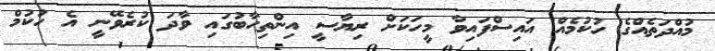
މުއްދަތެއްގެ ހުކުމެއް އައިސްފައިވާ މީހަކަށް ރިޔާސީ އިންތިހާބުގައި ވާދަ ކުރެވޭނީ އެ ހުކުމް